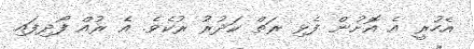
އެހުރީ އެ އޮށުން ފެޅި ރަތް ކަދުރު ރުކެވެ. އެ ރުއް ފޯދިފައި